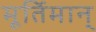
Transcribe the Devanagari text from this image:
मूर्तिमान्‌